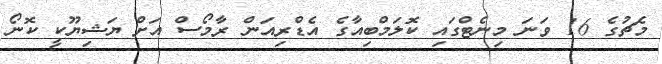
މެޗުގެ 16 ވަނަ މިނެޓްގައި ކޮލަމްބިއާގެ އެޑްރިއަން ރާމޯސް އަށް ޔަޝިޔޫކީ ކޮނޯ